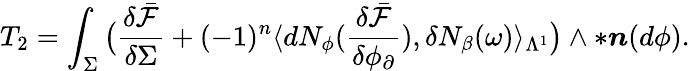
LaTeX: T_{2}=\int_{\Sigma}\big(\frac{\delta\bar{\mathcal{F}}}{\delta\Sigma}+(-1)^{n}\langle dN_{\phi}(\frac{\delta\bar{\mathcal{F}}}{\delta\phi_{\partial}}),\delta N_{\beta}(\omega)\rangle_{\Lambda^{1}}\big)\wedge\ast\boldsymbol{n}(d\phi).